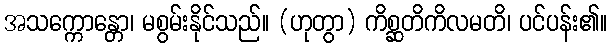
အသက္ကောန္တော၊ မစွမ်းနိုင်သည်။ (ဟုတွာ) ကိစ္ဆတိကိလမတိ၊ ပင်ပန်း၏။